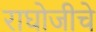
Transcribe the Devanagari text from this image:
राघोजीचे